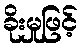
ခိုးမှုဖြင့်